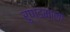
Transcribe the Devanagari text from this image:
रुण्डमाला